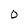
Character: 0